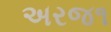
અરજ૧